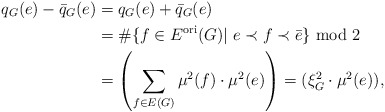
\begin{align*}q_G(e)-\bar{q}_G(e) &=q_G(e)+\bar{q}_G(e) \\&=\# \{ f\in E^{\rm ori}(G)|\ e\prec f\prec \bar{e} \} \ {\rm mod\ } 2 \\&=\left(\sum_{f\in E(G)} \mu^2(f)\cdot \mu^2(e) \right)=(\xi^2_G\cdot \mu^2(e)), \\\end{align*}